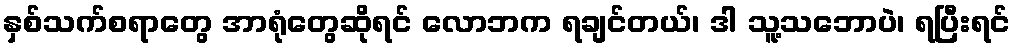
နှစ်သက်စရာတွေ အာရုံတွေဆိုရင် လောဘက ရချင်တယ်၊ ဒါ သူ့သဘောပဲ၊ ရပြီးရင်